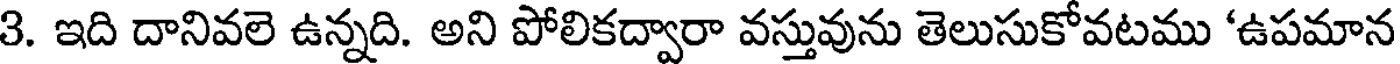
3. ఇది దానివలె ఉన్నది. అని పోలికద్వారా వస్తువును తెలుసుకోవటము 'ఉపమాన